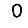
Digit: 0